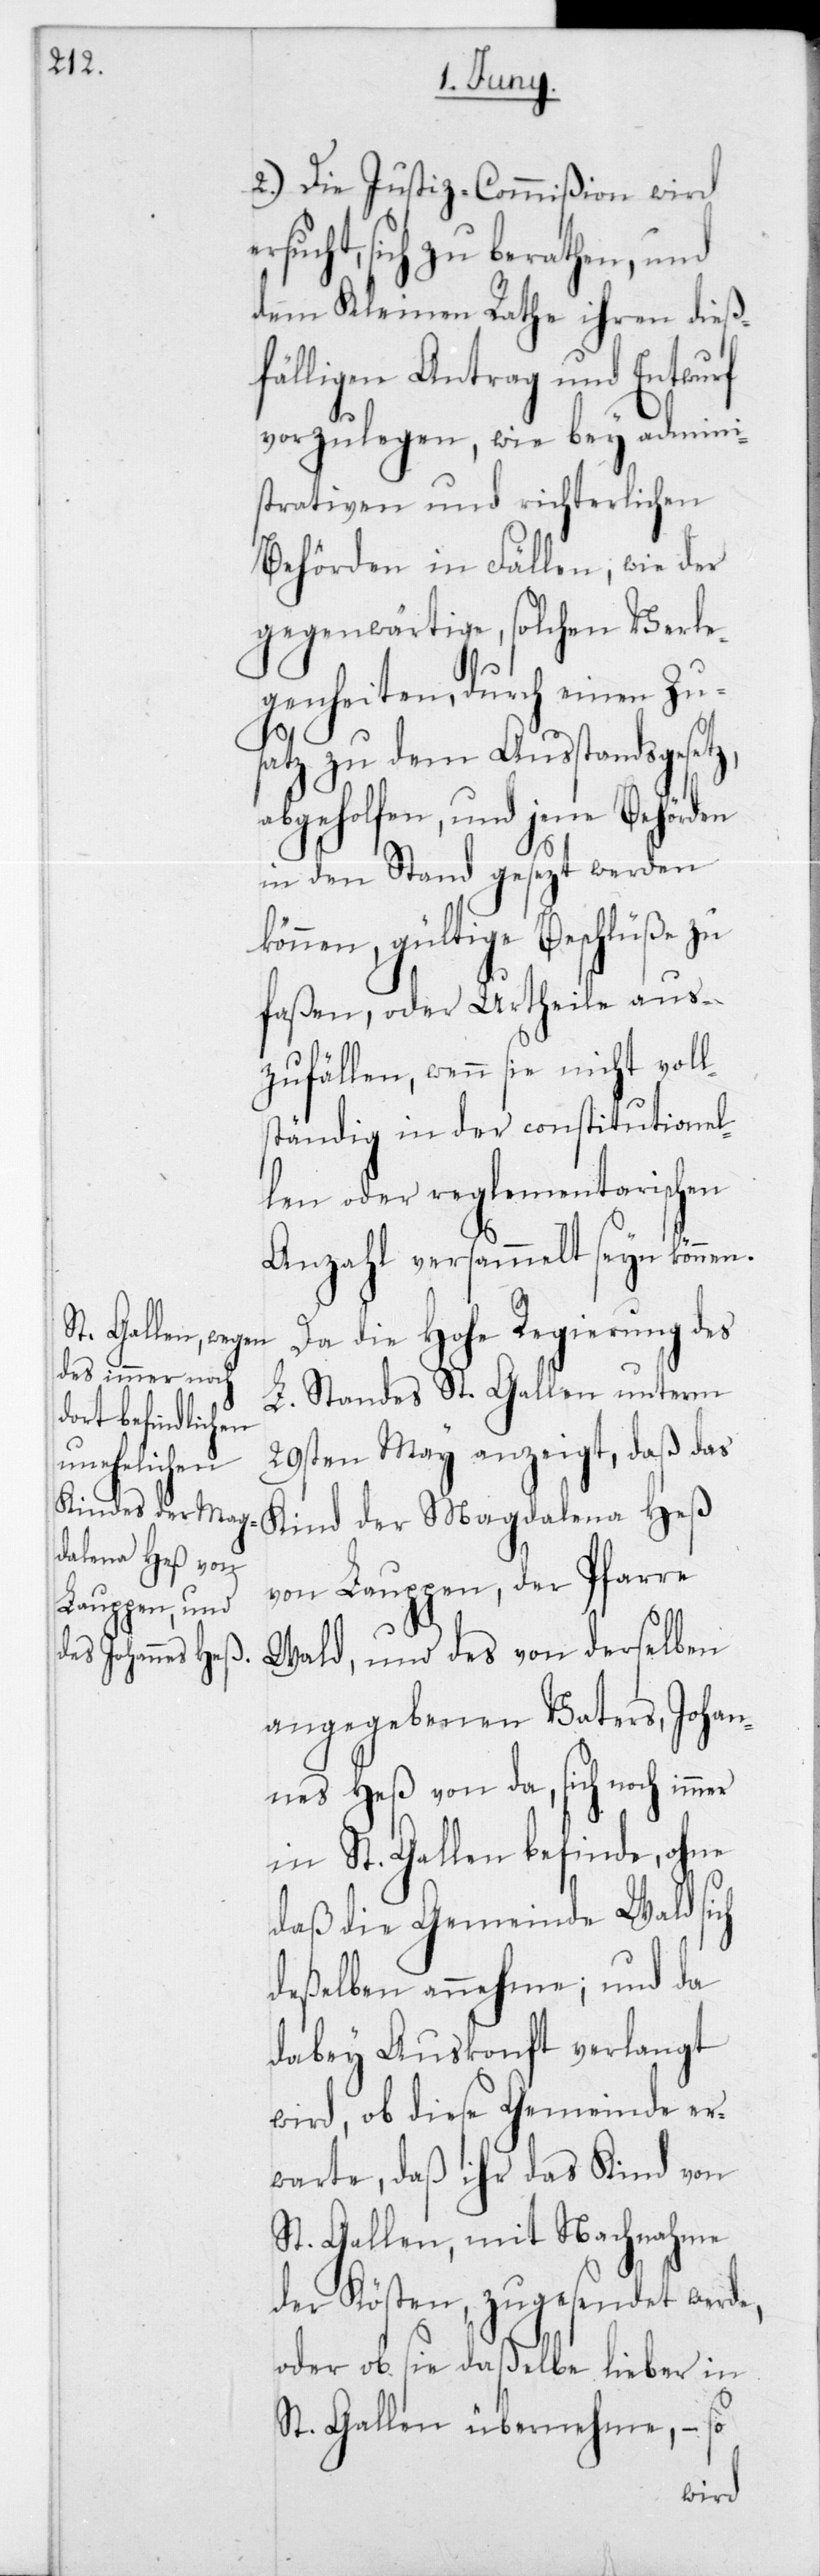
erlichen

2.) Die Justiz-Commißion wird
rsucht, sich zu berathen, und
dem Kleinen Rathe ihren dieß¬
fälligen Antrag und Entwurf
einen
vorzulegen, wie bey
admini¬
strativen und richt¬
der
Behörden in Fällen,
gegenwärtige, solchen Ver¬
Zu¬
genheiten, durch
satz zu dem Ausstandsgesetz,
abgeholfen, und jene Behörden
in den Stand gesezt werden
können, gültige Beschlüße zu
faßen, oder Urtheile aus¬
zufällen, wenn sie nicht voll¬
ständig in der constitutionel¬
len oder reglementarischen
Anzahl versammelt seyn können.
Da die Hohe Regierung des
L. Standes St. Gallen unterm
29sten May anzeigt, daß das
Kind der Magdalena Heß
von Lauppen, der Pfarre
Wald, und des von derselben
angegebenen Vaters, Johan¬
nes Heß von da, sich noch immer
in St. Gallen befinde, ohne
daß die Gemeinde Wald sich
deßelben annehme; und da
dabey Auskonft verlangt
wird, ob diese Gemeinde er¬
warte, daß ihr das Kind von
St. Gallen, mit Nachnahme
der Kösten, zugesendet werde,
oder ob sie daßelbe lieber in
St. Gallen übernehme, – so